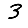
Digit: 3